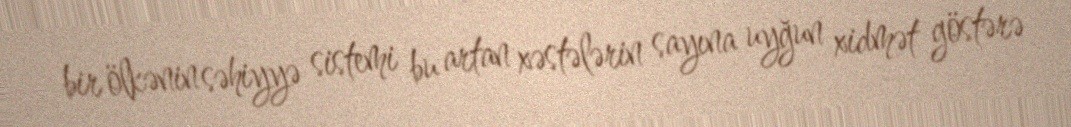
bir ölkənin səhiyyə sistemi bu artan xəstələrin sayına uyğun xidmət göstərə